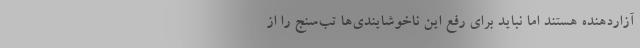
آزاردهنده هستند اما نباید برای رفع این ناخوشایندی‌ها تب‌سنج را از